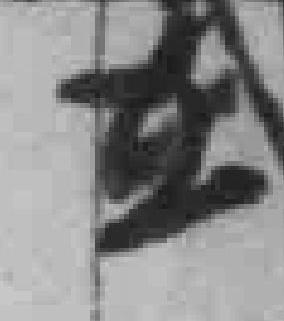
在